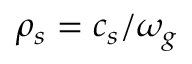
\rho _ { s } = c _ { s } / \omega _ { g }